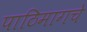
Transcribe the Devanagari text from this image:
पाठिमागचे